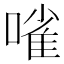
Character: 𠻘